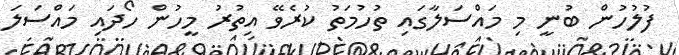
ފުލުހުން ބުނީ މި މައްސަލާގައި ތުހުމަތު ކުރެވޭ އިތުރު މީހުން ހޯދައި މައްސަލަ